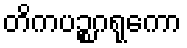
တိကပဉ္စဂရုကော